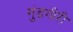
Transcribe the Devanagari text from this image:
गुंडगीरी